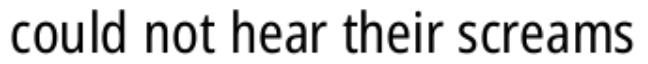
could not hear their screams